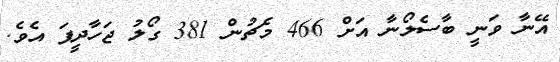
އޭނާ ވަނީ ބާސެލޯނާ އަށް 466 މެޗުން 381 ގޯލު ޖަހާދީފަ އެވެ.